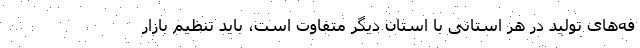
فه‌های تولید در هر استانی با استان دیگر متفاوت است، باید تنظیم بازار